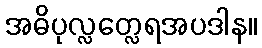
အဓိပုလ္လတ္လေရအပဒါန။